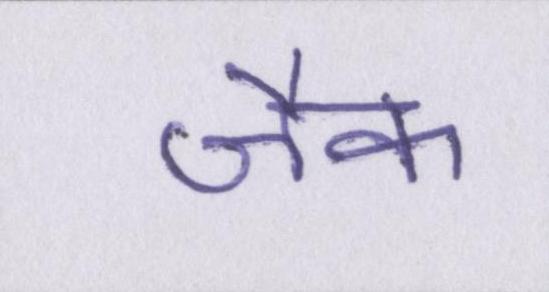
जैक